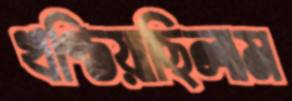
খণ্ডিয়াছিলাম